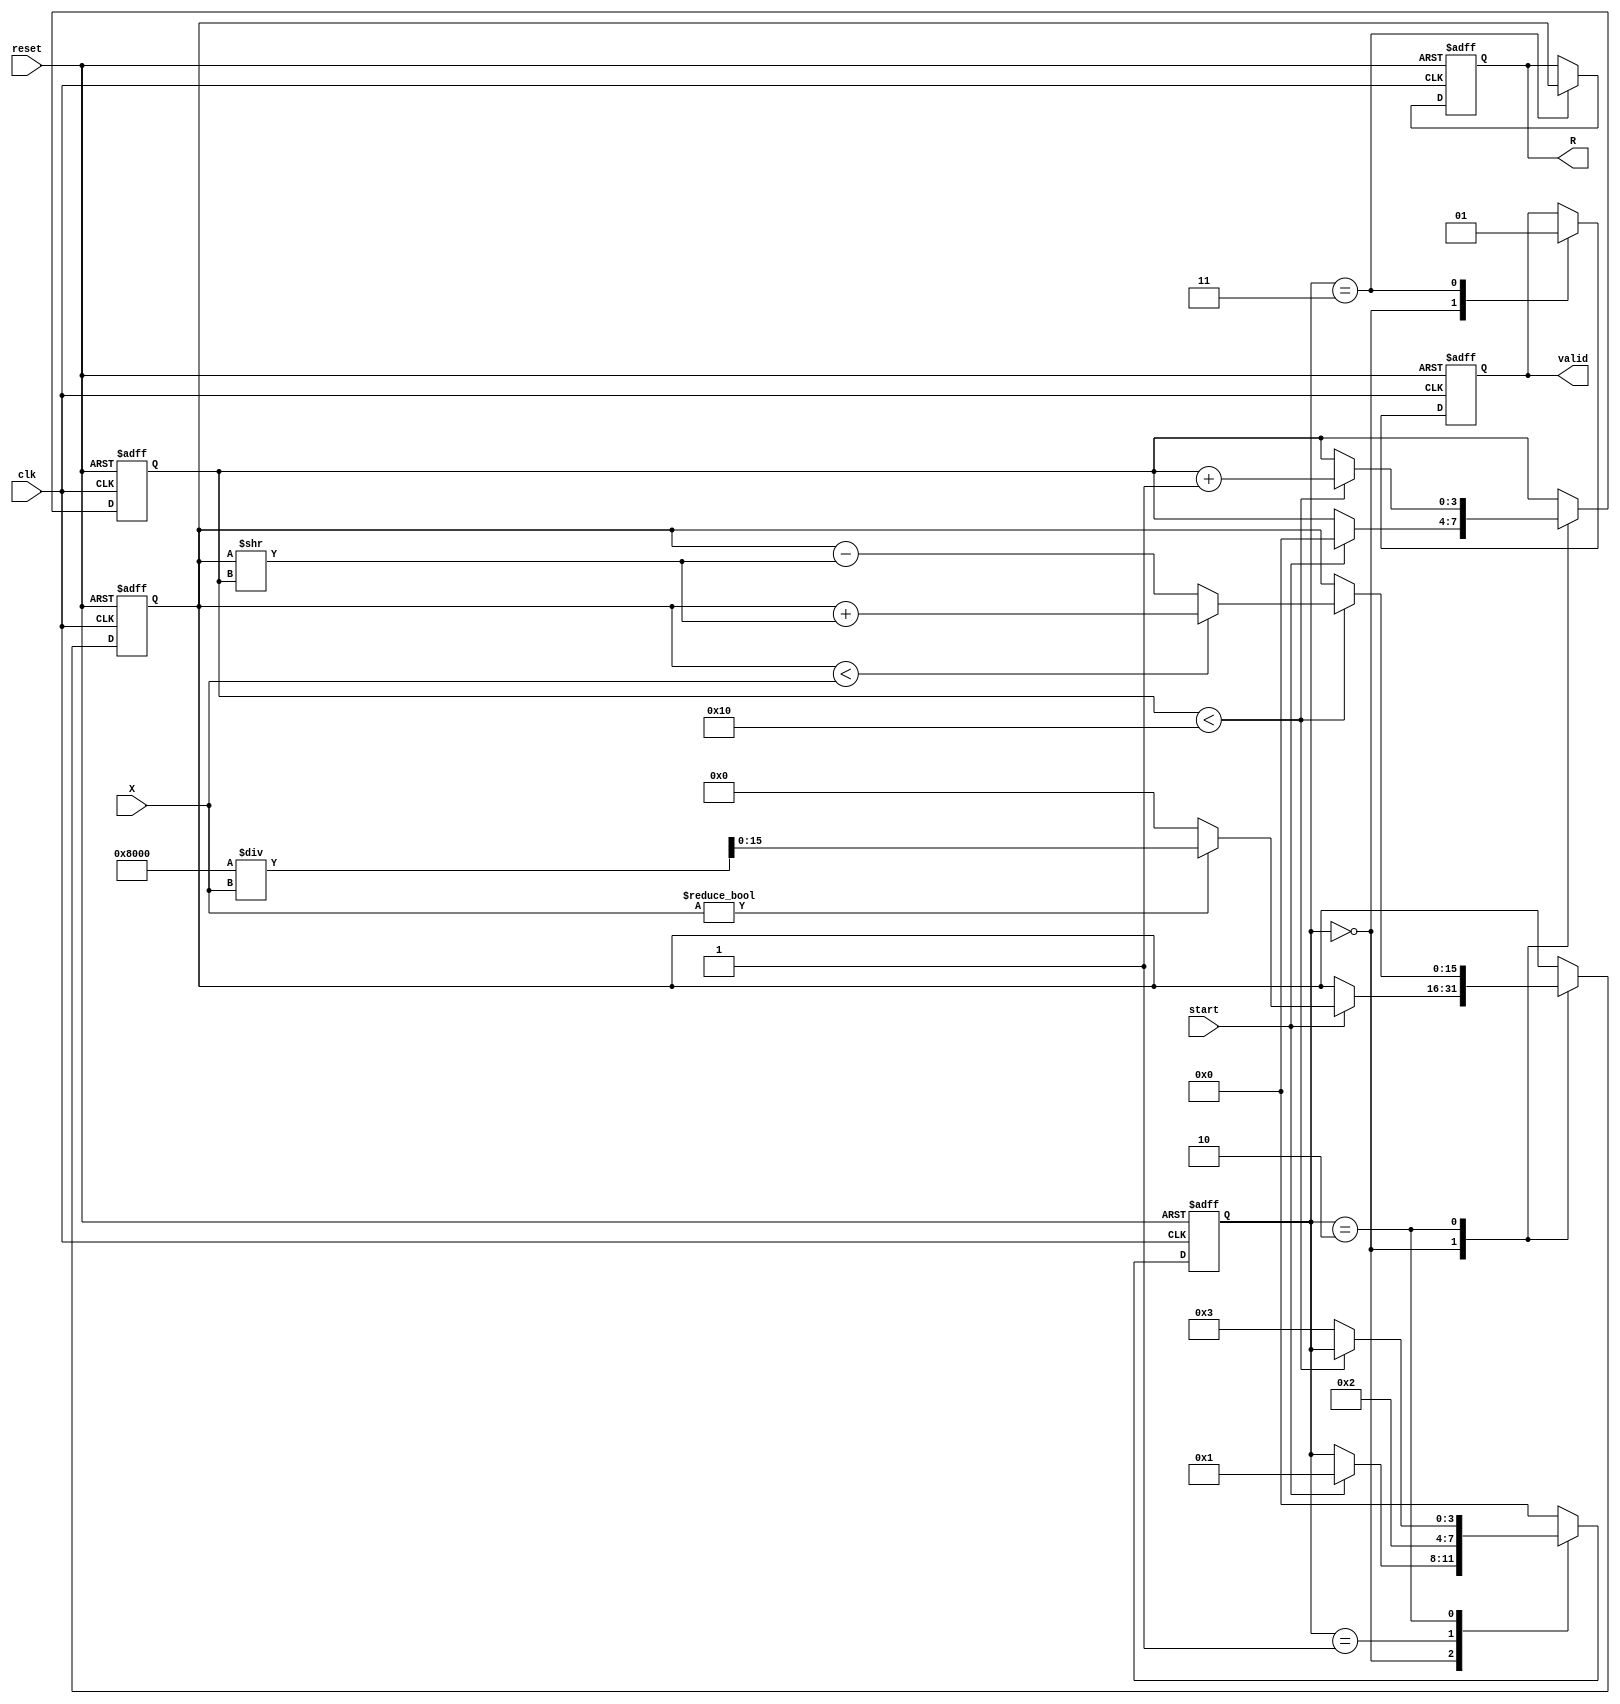
module cordic_reciprocal #(
    parameter N = 16, // Width of the input
    parameter M = 16, // Width of the output
    parameter ITERATIONS = 16 // Number of iterations for precision
)(
    input wire clk,
    input wire reset,
    input wire start,
    input wire signed [N-1:0] X, // Input value
    output reg signed [M-1:0] R, // Output reciprocal
    output reg valid // Status signal
);

    // Internal variables
    reg signed [N-1:0] z [0:ITERATIONS-1]; // Angle values for CORDIC (atan(2^-i))
    reg signed [M-1:0] estimate; // Current estimate of the reciprocal
    reg [3:0] state; // Current state
    reg [3:0] iter; // Iteration counter

    // Initialize CORDIC angles (atan(2^-i) with fixed-point representation)
    initial begin
        // These values represent the CORDIC angles
        z[0] = 16'h2000; // atan(2^0)
        z[1] = 16'h1000; // atan(2^-1)
        z[2] = 16'h0800; // atan(2^-2)
        z[3] = 16'h0400; // atan(2^-3)
        // Add remaining angles here...
        // For example, for 16 iterations:
        z[4] = 16'h0200; 
        z[5] = 16'h0100;
        z[6] = 16'h0080;
        z[7] = 16'h0040;
        z[8] = 16'h0020;
        z[9] = 16'h0010;
        z[10] = 16'h0008;
        z[11] = 16'h0004;
        z[12] = 16'h0002;
        z[13] = 16'h0001;
        z[14] = 16'h0001; // Further reduction might be needed
        z[15] = 16'h0001; // Last angles can be set similarly.
    end

    // States
    localparam IDLE = 0;
    localparam INIT = 1;
    localparam ITERATE = 2;
    localparam DONE = 3;

    always @(posedge clk or posedge reset) begin
        if (reset) begin
            R <= 0;
            valid <= 0;
            estimate <= 0;
            state <= IDLE;
            iter <= 0;
        end else begin
            case (state)
                IDLE: begin
                    valid <= 0;
                    if (start) begin
                        estimate <= (X != 0) ? (1 << (M-1)) / X : {(M){1'b0}}; // Initial estimate
                        iter <= 0;
                        state <= INIT;
                    end
                end
                INIT: begin
                    // Begin iterations
                    state <= ITERATE;
                end
                ITERATE: begin
                    if (iter < ITERATIONS) begin
                        // Compute adjustment using Cordic rotations
                        if (estimate < X) begin
                            estimate <= estimate + (estimate >> iter);
                        end else begin
                            estimate <= estimate - (estimate >> iter);
                        end
                        iter <= iter + 1;
                    end else begin
                        // Done with iterations
                        state <= DONE;
                    end
                end
                DONE: begin
                    R <= estimate; // set output to estimate
                    valid <= 1; // indicate computation done
                    state <= IDLE; // go back to IDLE state
                end
                default: state <= IDLE; // handle unexpected state
            endcase
        end
    end
endmodule